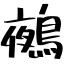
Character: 鵺